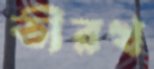
তীরখ